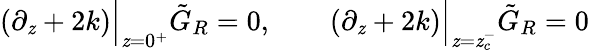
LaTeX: \left(\partial_{\mathit{z}}+2k\right)\Big\vert_{\mathit{z}=0^{+}}\tilde{{G}}_{R}=0,\qquad\left(\partial_{\mathit{z}}+2k\right)\Big\vert_{\mathit{z}=\mathit{z}_{c}^{-}}\tilde{{G}}_{R}=0